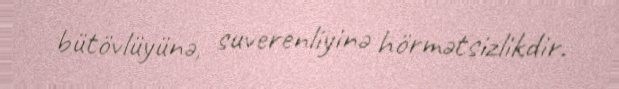
bütövlüyünə, suverenliyinə hörmətsizlikdir.